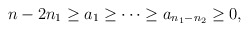
\begin{align*}n-2n_1 \geq a_1 \geq \cdots \geq a_{n_1 -n_2} \geq 0,\end{align*}